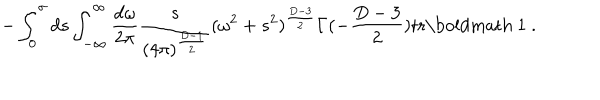
- \int _ { 0 } ^ { \sigma } d s \int _ { - \infty } ^ { \infty } \frac { d \omega } { 2 \pi } \frac { s } { ( 4 \pi ) ^ { \frac { D - 1 } { 2 } } } ( \omega ^ { 2 } + s ^ { 2 } ) ^ { \frac { D - 3 } { 2 } } \Gamma ( - \frac { D - 3 } { 2 } ) \mathrm { t r } \mathrm { \boldmath ~ 1 ~ } .